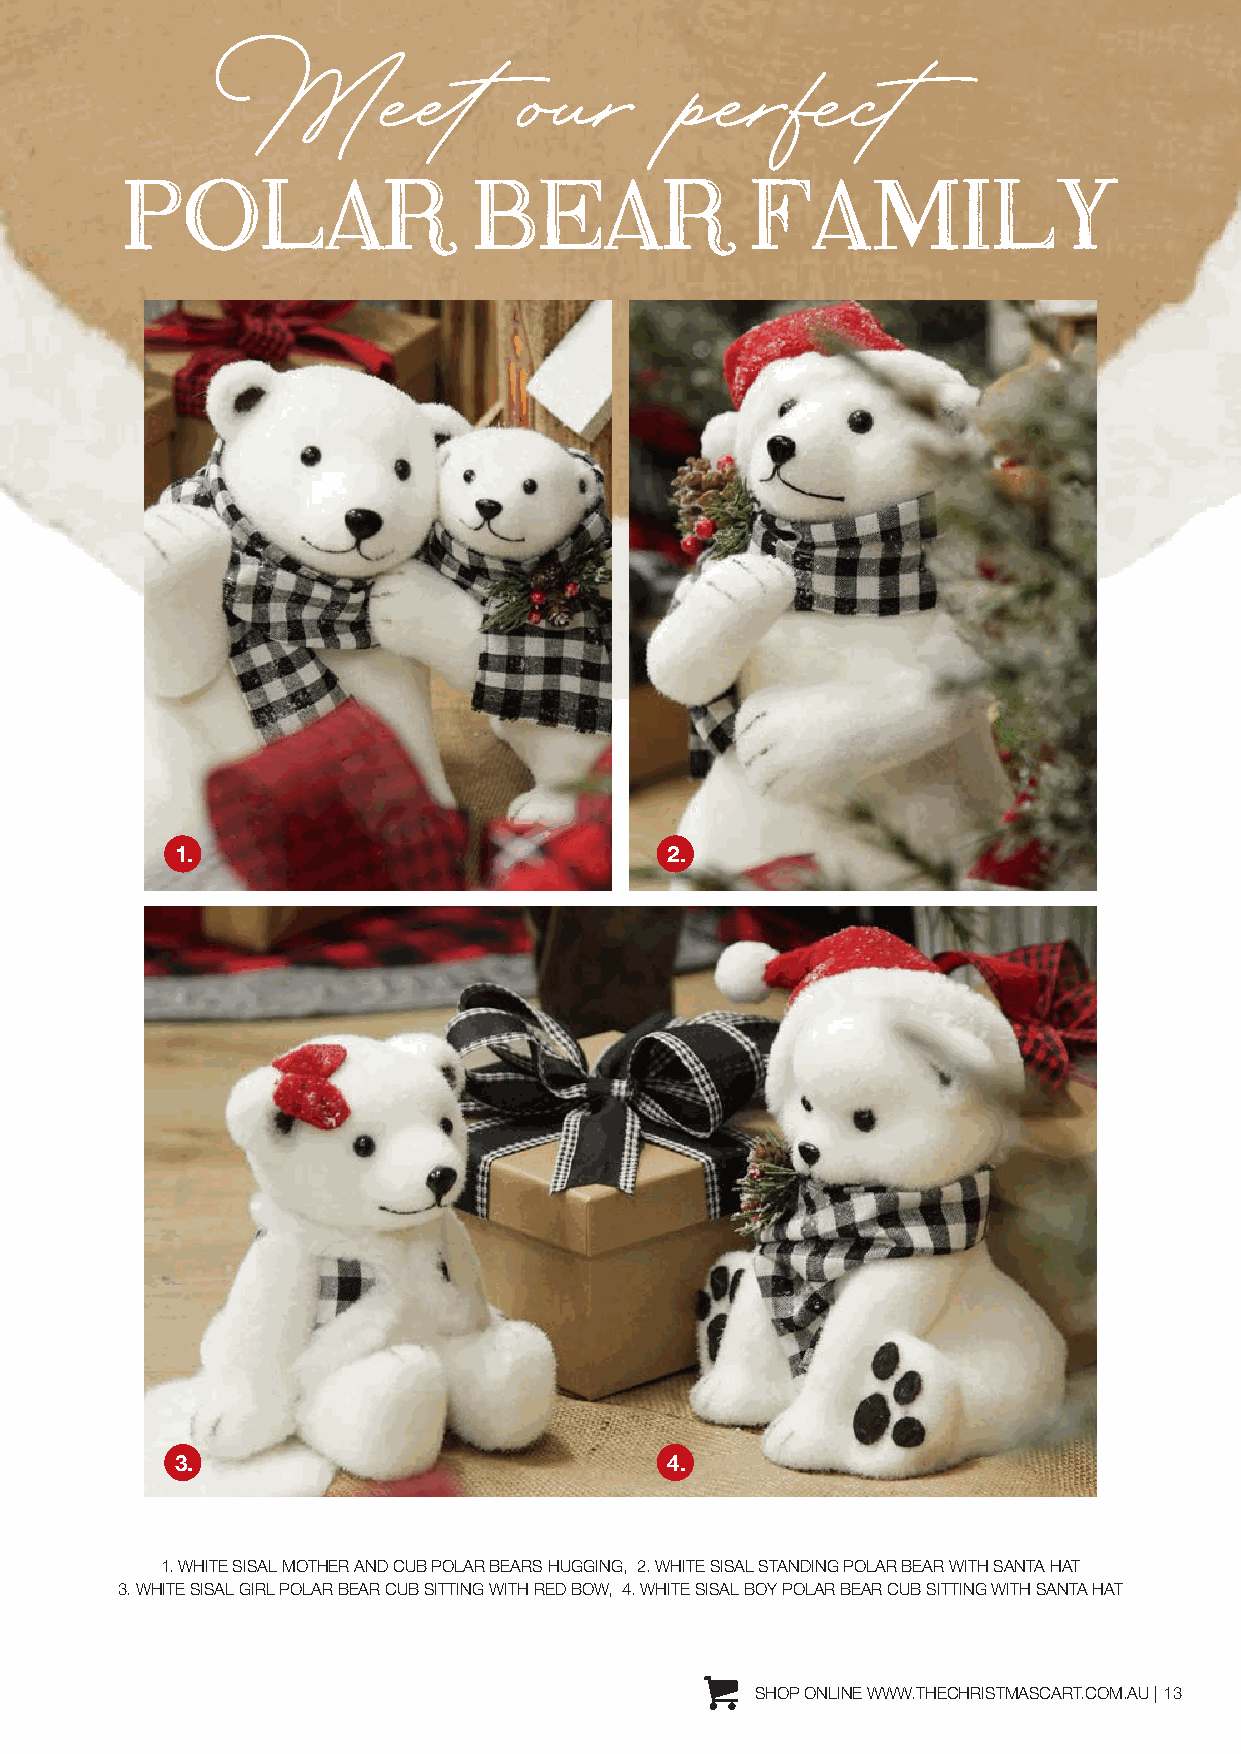
Meet                our        perfect
 POLAR                  BEAR               FAMILY
 1.                              2.
 3.                              4.
 1. WHITE SISAL MOTHER AND CUB POLAR BEARS HUGGING, 2. WHITE SISAL STANDING POLAR BEAR WITH SANTA HAT
 3. WHITE SISAL GIRL POLAR BEAR CUB SITTING WITH RED BOW, 4. WHITE SISAL BOY POLAR BEAR CUB SITTING WITH SANTA HAT
 SHOP ONLINE WWW.THECHRISTMASCART.COM.AU | 13